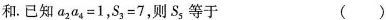
和.已知$$a_{2}a_{4}=1$$，$$S_{3}=7$$，则S_{5}等于 ( )